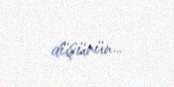
düşünün...